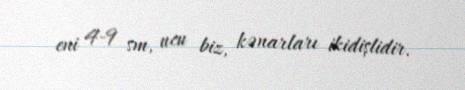
eni 4-9 sm, ucu biz, kənarları ikidişlidir.